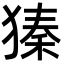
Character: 獉